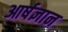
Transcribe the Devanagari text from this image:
आर्षज्ञान